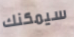
سيمكنك